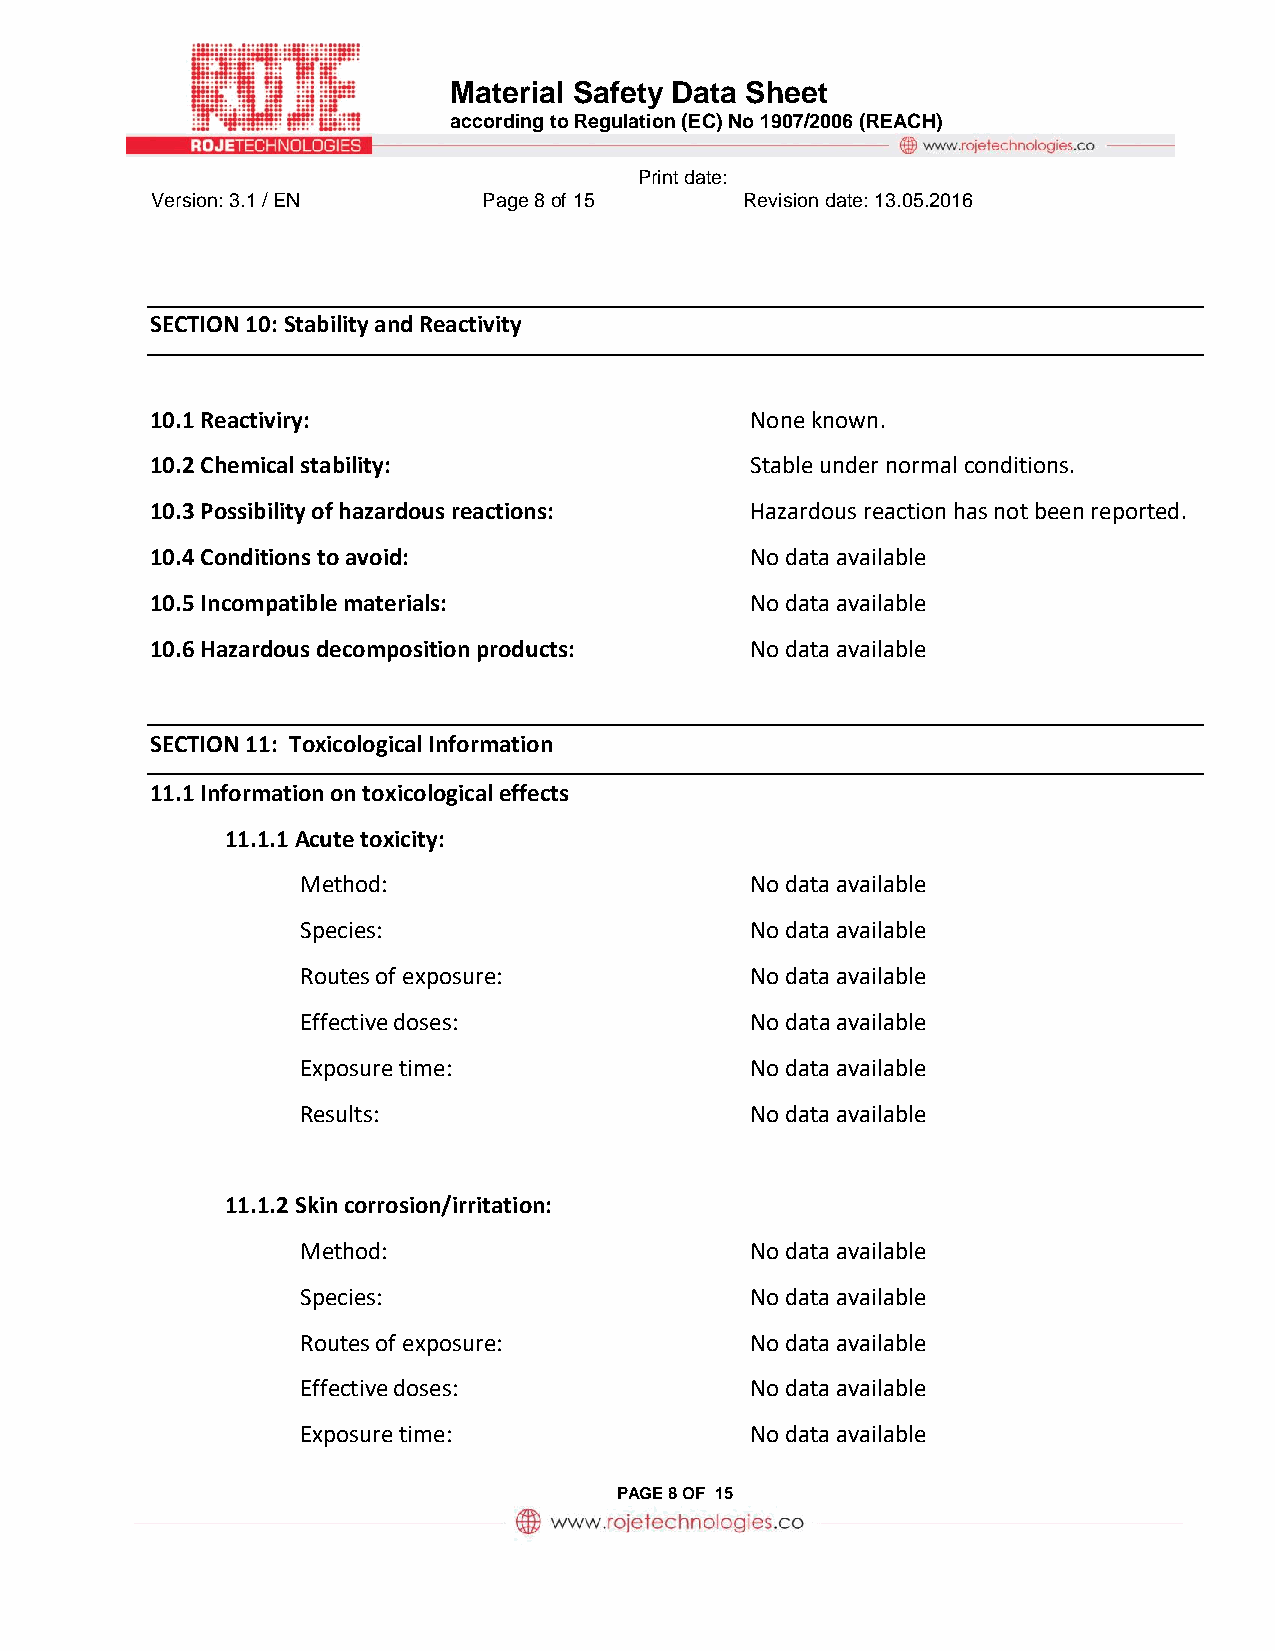
Material Safety Data Sheet
 according to Regulation (EC) No 1907/2006 (REACH)
 Print date:
 Version: 3.1 / EN     Page 8 of 15     Revision date: 13.05.2016
 SECTION 10: Stability and Reactivity
 10.1 Reactiviry:                        None known.
 10.2 Chemical stability:                Stable under normal conditions.
 10.3 Possibility of hazardous reactions: Hazardous reaction has not been reported.
 10.4 Conditions to avoid:               No data available
 10.5 Incompatible materials:            No data available
 10.6 Hazardous decomposition products:  No data available
 SECTION 11: Toxicological Information
 11.1 Information on toxicological effects
 11.1.1 Acute toxicity:
 Method:                       No data available
 Species:                      No data available
 Routes of exposure:           No data available
 Effective doses:              No data available
 Exposure time:                No data available
 Results:                      No data available
 11.1.2 Skin corrosion/irritation:
 Method:                       No data available
 Species:                      No data available
 Routes of exposure:           No data available
 Effective doses:              No data available
 Exposure time:                No data available
 PAGE 8 OF 15